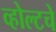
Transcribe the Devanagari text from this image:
व्होल्टचे